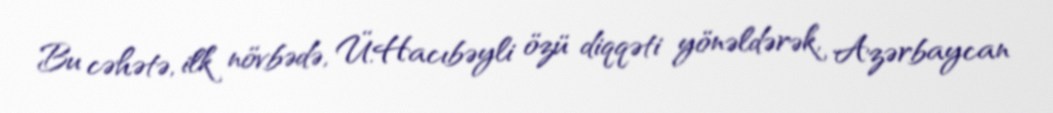
Bu cəhətə, ilk növbədə, Ü.Hacıbəyli özü diqqəti yönəldərək, Azərbaycan